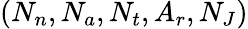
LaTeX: (N_{n},N_{a},N_{t},A_{r},N_{J})